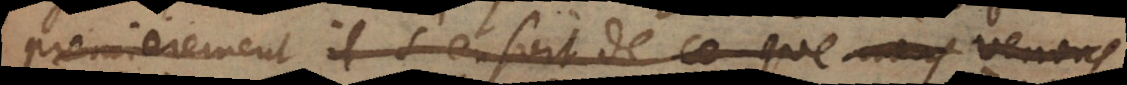
Premierement il s’ensoit de ce que nous venons